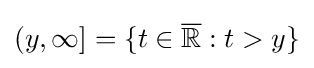
(y,\infty ]=\{t\in {\overline {\mathbb {R} }}:t>y\}